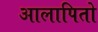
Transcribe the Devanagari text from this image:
आलापितो